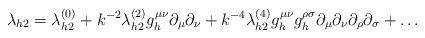
LaTeX: \begin{align*}\lambda_{h2} = \lambda_{h2}^{(0)} + k^{-2}\lambda_{h2}^{(2)} g_h^{\mu\nu} \partial_{\mu} \partial_{\nu} + k^{-4}\lambda_{h2}^{(4)} g_h^{\mu \nu} g_h^{\rho \sigma} \partial_\mu \partial_\nu \partial_\rho\partial_\sigma + \ldots\end{align*}